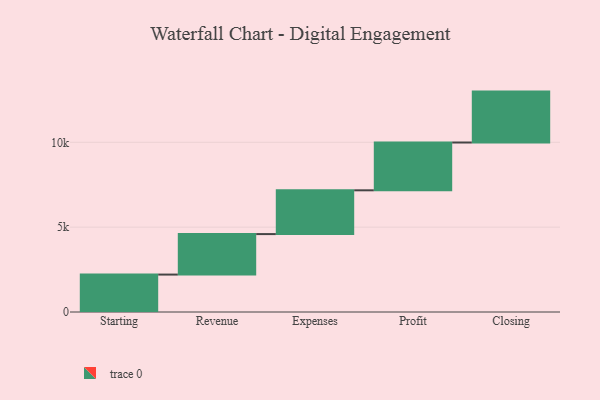
{"axis": {"x": "Step", "y": "Value"}, "legend": [""], "data": [{"x": "Starting", "y": 2206.0, "type": ""}, {"x": "Revenue", "y": 2385.0, "type": ""}, {"x": "Expenses", "y": 2580.0, "type": ""}, {"x": "Profit", "y": 2817.0, "type": ""}, {"x": "Closing", "y": 3000, "type": ""}]}